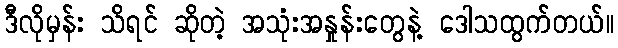
ဒီလိုမှန်း သိရင် ဆိုတဲ့ အသုံးအနှုန်းတွေနဲ့ ဒေါသထွက်တယ်။